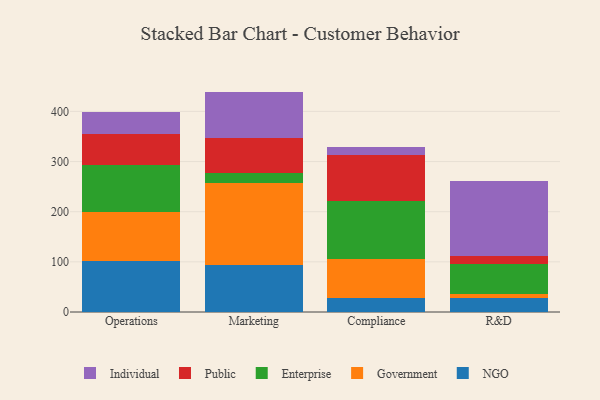
{"axis": {"x": "Department", "y": "Market Share (%)"}, "legend": ["Enterprise", "Government", "Individual", "NGO", "Public"], "data": [{"x": "Operations", "y": 101.9, "type": "NGO"}, {"x": "Operations", "y": 98.4, "type": "Government"}, {"x": "Operations", "y": 91.9, "type": "Enterprise"}, {"x": "Operations", "y": 63.3, "type": "Public"}, {"x": "Operations", "y": 43.4, "type": "Individual"}, {"x": "Marketing", "y": 92.9, "type": "NGO"}, {"x": "Marketing", "y": 163.7, "type": "Government"}, {"x": "Marketing", "y": 20.0, "type": "Enterprise"}, {"x": "Marketing", "y": 71.1, "type": "Public"}, {"x": "Marketing", "y": 91.8, "type": "Individual"}, {"x": "Compliance", "y": 28.9, "type": "NGO"}, {"x": "Compliance", "y": 77.4, "type": "Government"}, {"x": "Compliance", "y": 114.1, "type": "Enterprise"}, {"x": "Compliance", "y": 92.4, "type": "Public"}, {"x": "Compliance", "y": 17.2, "type": "Individual"}, {"x": "R&D", "y": 27.1, "type": "NGO"}, {"x": "R&D", "y": 8.4, "type": "Government"}, {"x": "R&D", "y": 61.0, "type": "Enterprise"}, {"x": "R&D", "y": 15.3, "type": "Public"}, {"x": "R&D", "y": 149.7, "type": "Individual"}]}